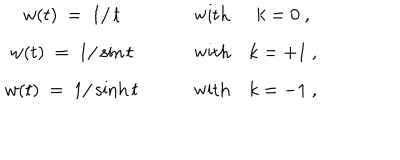
\begin{array} { c c c c } { { w ( t ) ~ = ~ 1 / \, t } } & { { \quad } } & { { \mathrm { w i t h } } } & { { k = 0 ~ , } } \\ { { w ( t ) ~ = ~ 1 / \sin t } } & { { \quad } } & { { \mathrm { w i t h } } } & { { k = + 1 ~ , } } \\ { { w ( t ) ~ = ~ 1 / \sinh t } } & { { \quad } } & { { \mathrm { w i t h } } } & { { k = - 1 ~ , } } \\ \end{array}